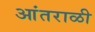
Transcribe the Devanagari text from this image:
आंतराळी